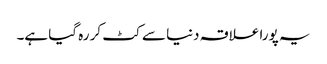
یہ پورا علاقہ دنیا سے کٹ کر رہ گیا ہے۔